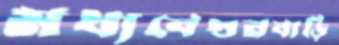
মধ্যবেগুনবাড়ি